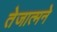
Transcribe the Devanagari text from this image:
तेजात्मने